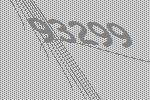
93299